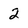
Character: 2